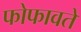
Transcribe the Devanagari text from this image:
फोफावते